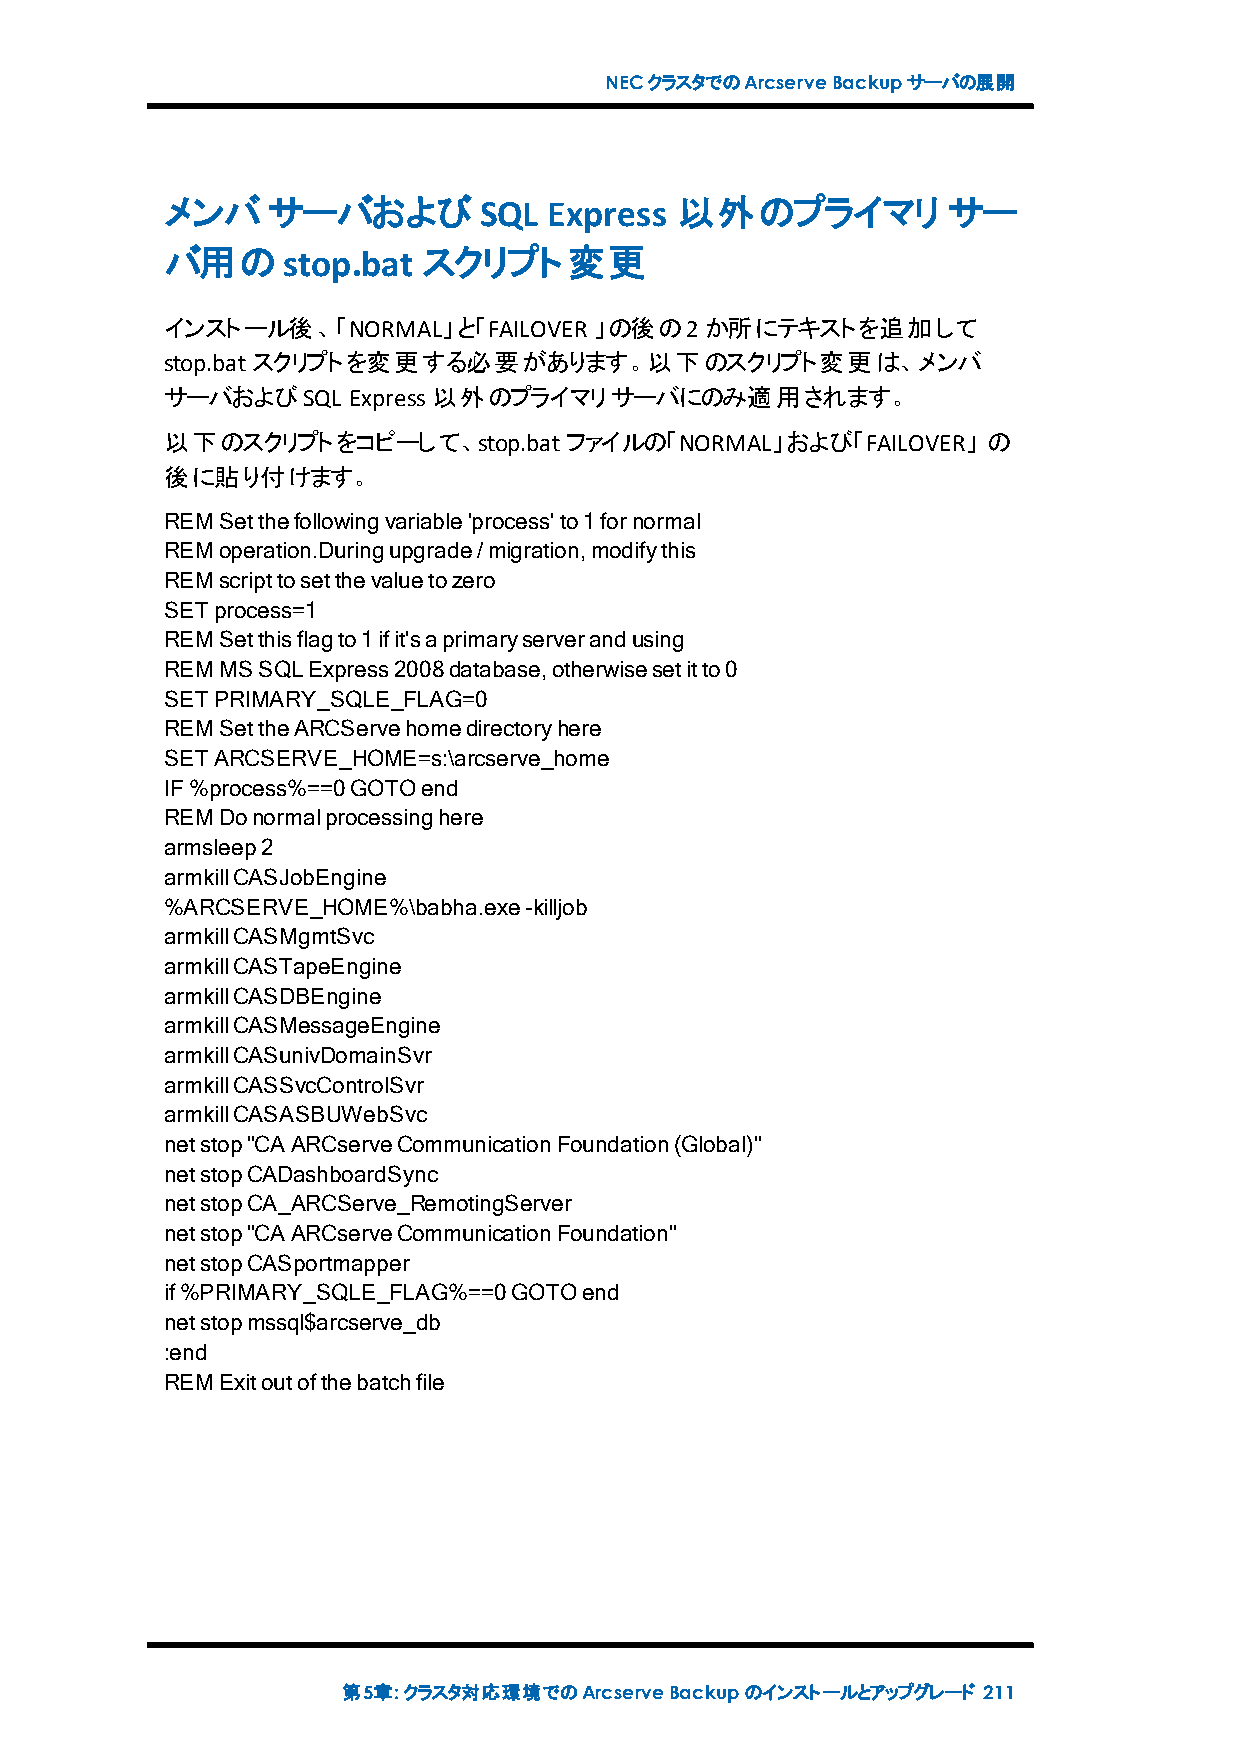
NECクラスタでのArcserveBackupサーバの展開
 メンバサーバおよび            SQL Express  以外のプライマリ          サー
 バ用のstop.bat      スクリプト変更
 インストール後、「NORMAL」と「FAILOVER  」の後の2か所にテキストを追加して
 stop.batスクリプトを変更する必要があります。以下のスクリプト変更は、メンバ
 サーバおよびSQL   Express以外のプライマリサーバにのみ適用されます。
 以下のスクリプトをコピーして、stop.batファイルの「NORMAL」および「FAILOVER」     の
 後に貼り付けます。
 REMSetthefollowingvariable'process'to1fornormal
 REMoperation.Duringupgrade/migration,modifythis
 REMscripttosetthevaluetozero
 SETprocess=1
 REMSetthisflagto1ifit'saprimaryserverandusing
 REMMSSQLExpress2008database,otherwisesetitto0
 SETPRIMARY_SQLE_FLAG=0
 REMSettheARCServehomedirectoryhere
 SETARCSERVE_HOME=s:\arcserve_home
 IF%process%==0GOTOend
 REMDonormalprocessinghere
 armsleep2
 armkillCASJobEngine
 %ARCSERVE_HOME%\babha.exe-killjob
 armkillCASMgmtSvc
 armkillCASTapeEngine
 armkillCASDBEngine
 armkillCASMessageEngine
 armkillCASunivDomainSvr
 armkillCASSvcControlSvr
 armkillCASASBUWebSvc
 netstop"CAARCserveCommunicationFoundation(Global)"
 netstopCADashboardSync
 netstopCA_ARCServe_RemotingServer
 netstop"CAARCserveCommunicationFoundation"
 netstopCASportmapper
 if%PRIMARY_SQLE_FLAG%==0GOTOend
 netstopmssql$arcserve_db
 :end
 REMExitoutofthebatchfile
 第5章:クラスタ対応環境でのArcserveBackupのインストールとアップグレード 211